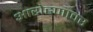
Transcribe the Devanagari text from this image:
आरोहणावर